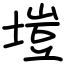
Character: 塏